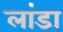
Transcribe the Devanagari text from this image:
लांडा